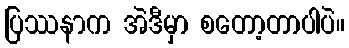
ပြဿနာက အဲဒီမှာ စတော့တာပါပဲ။